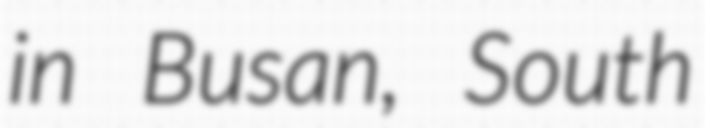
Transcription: in Busan, South